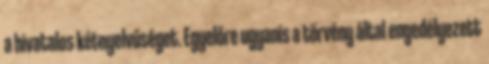
a hivatalos kétnyelvűséget. Egyelőre ugyanis a törvény által engedélyezett